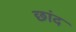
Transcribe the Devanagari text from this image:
छांद